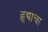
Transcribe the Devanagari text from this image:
हृद्याचा